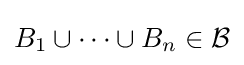
B_{1}\cup \cdots \cup B_{n}\in {\mathcal {B}}